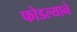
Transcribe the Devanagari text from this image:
फोडल्याने